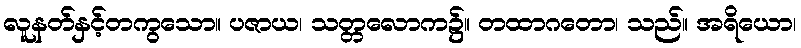
လူနတ်နှင့်တကွသော။ ပဇာယ၊ သတ္တလောက၌။ တထာဂတော၊ သည်။ အရိယော၊